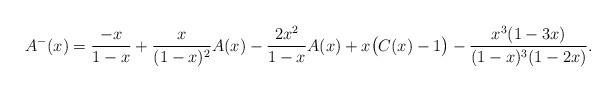
\begin{align*}A^-(x)&=\frac{-x}{1-x}+\frac{x}{(1-x)^2}A(x)-\frac{2x^2}{1-x}A(x)+x\big(C(x)-1\big)-\frac{x^3(1-3x)}{(1-x)^3(1-2x)}.\end{align*}